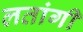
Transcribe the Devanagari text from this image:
लतांगी